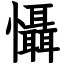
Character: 懾